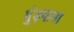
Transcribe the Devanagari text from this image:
मुंड़वाना